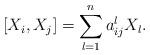
LaTeX: \begin{align*}[X_i,X_j]=\sum_{l=1}^na_{ij}^lX_l.\end{align*}